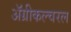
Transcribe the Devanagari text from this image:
ॲग्रीकल्चरल